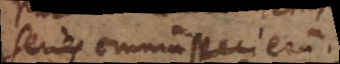
series omnium specierum.